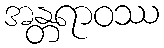
အန္တရာဝဿ